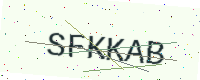
Text: SFKKAB